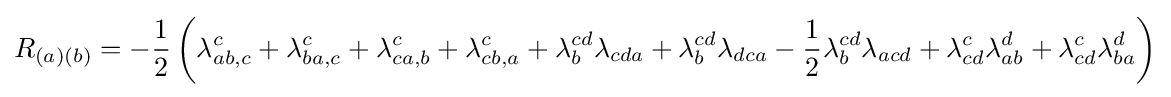
R_{(a)(b)}=-{\frac {1}{2}}\left(\lambda _{ab,c}^{c}+\lambda _{ba,c}^{c}+\lambda _{ca,b}^{c}+\lambda _{cb,a}^{c}+\lambda _{b}^{cd}\lambda _{cda}+\lambda _{b}^{cd}\lambda _{dca}-{\frac {1}{2}}\lambda _{b}^{cd}\lambda _{acd}+\lambda _{cd}^{c}\lambda _{ab}^{d}+\lambda _{cd}^{c}\lambda _{ba}^{d}\right)